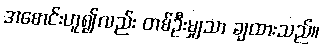
အစောင်းဟူ၍လည်း တစ်ဦးမျှသာ ချထားသည်။